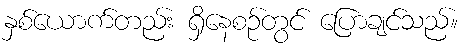
နှစ်ယောက်တည်း ရှိနေစဉ်တွင် ပြောချင်သည်။